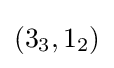
(3_{3},1_{2})